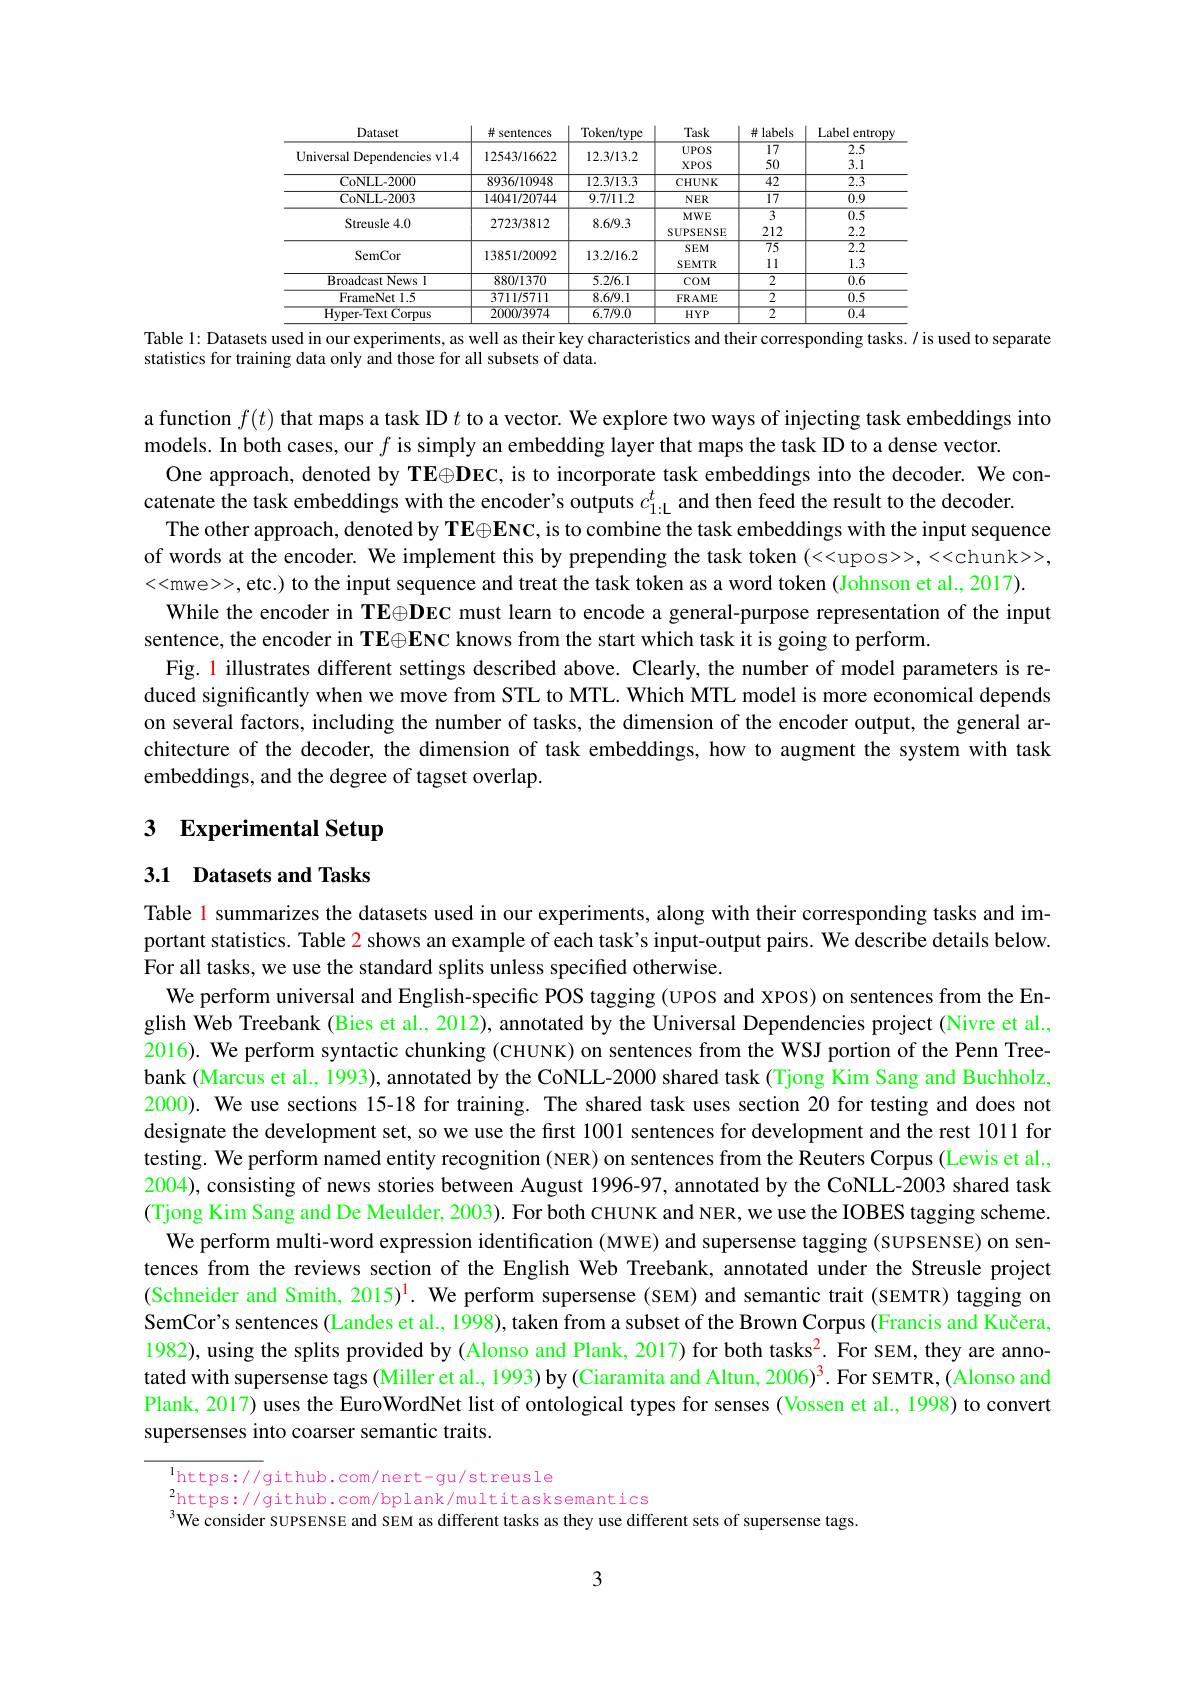
<table>
	<tbody>
		<tr>
			<th>Dataset</th>
			<th># sentences</th>
			<th>Token/type</th>
			<th>Task</th>
			<th>井 labels</th>
			<th>Label entropr</th>
		</tr>
		<tr>
			<td rowspan="2">Universal Dependencies vl.4</td>
			<td> </td>
			<td> </td>
			<td>$UPOS$</td>
			<td>$\overline{17}$</td>
			<td>$\overline{2.5}$</td>
		</tr>
		<tr>
			<td>$\angle J43/100\angle2$</td>
			<td>$1\angle.9/1.\angle$</td>
			<td>XPOS</td>
			<td>50</td>
			<td>3.1</td>
		</tr>
		<tr>
			<td>CoNLL- 2000</td>
			<td>8936/10948</td>
			<td>12.3/13.3</td>
			<td>CHUNK</td>
			<td>$\overline{42}$</td>
			<td>$\overline{2.3}$</td>
		</tr>
		<tr>
			<td>CoNLL- 2003</td>
			<td>14041/20744</td>
			<td>9.7/1.2</td>
			<td>$NER$</td>
			<td>$\overline{17}$</td>
			<td>$\overline{0.9}$</td>
		</tr>
		<tr>
			<td rowspan="2">Streusle 4.0</td>
			<td rowspan="2">2723/3812</td>
			<td rowspan="2">8.6/9.3</td>
			<td>$MWE$</td>
			<td>$\overline{3}$</td>
			<td>$\overline{0.5}$</td>
		</tr>
		<tr>
			<td>SUPSENSE</td>
			<td>212</td>
			<td>2.2</td>
		</tr>
		<tr>
			<td> </td>
			<td rowspan="2">13851/20092</td>
			<td> </td>
			<td>$SEM$</td>
			<td>75</td>
			<td>2.2</td>
		</tr>
		<tr>
			<td>Semuon L</td>
			<td>$1.5.\angle/10.\angle$</td>
			<td>SEMTR</td>
			<td>11</td>
			<td>1.3</td>
		</tr>
		<tr>
			<td>$\overline{{\text{Broadeast News I}}}$</td>
			<td>880/1370</td>
			<td>5.2/6.1</td>
			<td>$COM$</td>
			<td>2</td>
			<td>0.6</td>
		</tr>
		<tr>
			<td>FrameNet1.5</td>
			<td>3711/5711</td>
			<td>8.6/9.1</td>
			<td>FRAME</td>
			<td>$\overline{2}$</td>
			<td>0.5</td>
		</tr>
		<tr>
			<td>Hyper-Text Corpus</td>
			<td>2000/3974</td>
			<td>6.7/9.0</td>
			<td>$HYP$</td>
			<td>2</td>
			<td>$\overline{0.4}$</td>
		</tr>
	</tbody>
</table>
Table 1: Datasets used in our experiments, as well as their key characteristics and their corresponding tasks./ is used to separate

statistics for training data only and those for all subsets of data.

a function $f(t)$ that maps a task ID $t$ to a vector. We explore two ways of injecting task embeddings into
models. In both cases, our $f$ is simply an embedding layer that maps the task ID to a dense vector.
One approach, denoted by TE$\oplus\mathbf{D}\mathbf{E}\mathbf{C}$, is to incorporate task embeddings into the decoder. We con-
catenate the task embeddings with the encoder's outputs $c_{1:\mathcal{L}}^t$ and then feed the result to the decoder.
The other approach, denoted by TE$\oplus\mathbf{E}\mathbf{N}\mathbf{C}$, is to combine the task embeddings with the input sequence of words at the encoder. We implement this by prepending the task token (<upos>>,<<chunk>>, <<mwe>>,etc.) to the input sequence and treat the task token as a word token (Johnson et al., 2017).
While the encoder in TE$\oplus \textbf{DEC must learn to encode a general- purpose representation of the input}$
sentence, the encoder in TE$\oplus\mathbf{E}\mathbf{N}$C knows from the start which task it is going to perform.
Fig. 1 illustrates different settings described above. Clearly, the number of model parameters is reduced significantly when we move from STL to MTL. Which MTL model is more economical depends on several factors, including the number of tasks, the dimension of the encoder output, the general architecture of the decoder, the dimension of task embeddings, how to augment the system with task embeddings, and the degree of tagset overlap.

## 3 Experimental Setup

## 3.1 Datasets and Tasks

Table l summarizes the datasets used in our experiments, along with their corresponding tasks and important statistics. Table $\color{red}{2}$ shows an example of each task's input-output pairs. We describe details below. For all tasks, we use the standard splits unless specified otherwise.
We perform universal and English-specific POS tagging (UPOS and XPOS) on sentences from the English Web Treebank (Bies et al., 2012), annotated by the Universal Dependencies project (Nivre et al., 2016). We perform syntactic chunking (CHUNK) on sentences from the WSJ portion of the Penn Treebank (Marcus et al., 1993), annotated by the CoNLL-2000 shared task (Tjong Kim Sang and Buchholz, 2000). We use sections 15-18 for training. The shared task uses section 20 for testing and does not designate the development set, so we use the first 1001 sentences for development and the rest 1011 for testing. We perform named entity recognition (NER) on sentences from the Reuters Corpus (Lewis et al., 2004), consisting of news stories between August 1996-97, annotated by the CoNLL-2003 shared task (Tjong Kim Sang and De Meulder, 2003). For both CHUNK and NER, we use the IOBES tagging scheme.
We perform multi-word expression identification (MWE) and supersense tagging (SUPSENSE) on sentences from the reviews section of the English Web Treebank, annotated under the Streusle project (Schneider and Smith, 2015)$^{1}$. We perform supersense (SEM) and semantic trait (SEMTR) tagging on SemCor's sentences (Landes et al., 1998), taken from a subset of the Brown Corpus (Francis and Kučera, 1982), using the splits provided by (Alonso and Plank, 2017) for both tasks$^{\color{red}{2}}$.For SEM, they are annotated with supersense tags (Miller et al., 1993) by (Ciaramita and Altun, 2006)$^3.$ For SEMTR, ( Alonso and Plank, 2017) uses the EuroWordNet list of ontological types for senses (Vossen et al., 1998) to convert supersenses into coarser semantic traits.

$^{1}$https://github.com/nert-gu/streusle
$^2$https://github.com/bplank/multitasksemantics
$^{3}$We consider SUPSENSE and SEM as different tasks as they use different sets of supersense tags

3